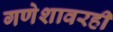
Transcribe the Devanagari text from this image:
गणेशावरही